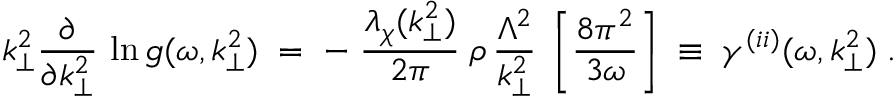
k _ { \perp } ^ { 2 } \frac { \partial } { \partial k _ { \perp } ^ { 2 } } \, \ln g ( \omega , k _ { \perp } ^ { 2 } ) \; = \; - \; \frac { \lambda _ { \chi } ( k _ { \perp } ^ { 2 } ) } { 2 \pi } \; \rho \, \frac { \Lambda ^ { 2 } } { k _ { \perp } ^ { 2 } } \; \left[ \frac { 8 \pi ^ { 2 } } { 3 \omega } \right] \; \equiv \; \gamma ^ { ( i i ) } ( \omega , k _ { \perp } ^ { 2 } ) \; .